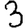
Digit: 3